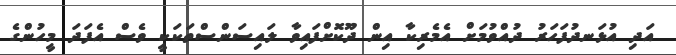
އަދި އުޅަނދުފަހަރު ދުއްވުމަށް އެމެރިކާ އިން ދޫކޮށްފައިވާ ލައިސަންސްތަކަކީ ވެސް އެފަދަ މީހުންގެ